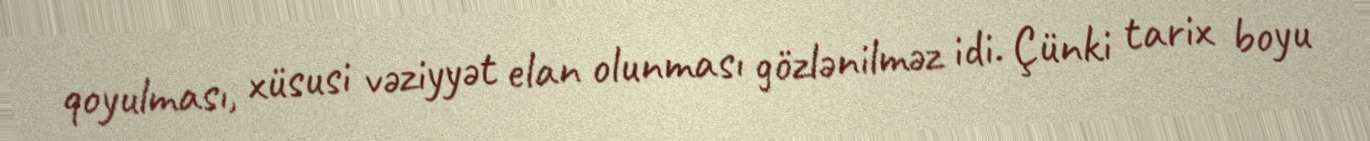
qoyulması, xüsusi vəziyyət elan olunması gözlənilməz idi. Çünki tarix boyu